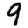
Digit: 9